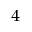
^ { 4 }